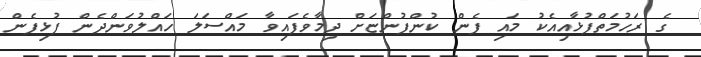
ގެ ރަހުމަތްފުޅާއިއެކު މައި ފެން ކުންފުންޏަށް ދިމާވެފައިވާ މައްސަލަ ހައްލުވަންދެން ފުޅިފެން